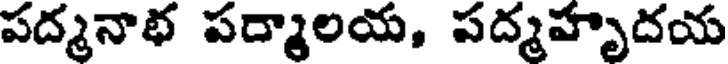
పద్మనాభ పద్మాలయ, పద్మహృదయ